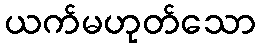
ယက်မဟုတ်သော